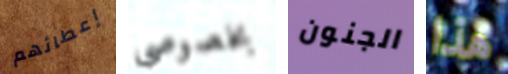
إعطائهم بخصوصي الجنون هذا